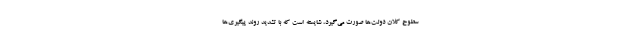
سطوح کلان دولت‌ها صورت می‌گیرد، شایسته است که با تشدید روند پیگیری‌ها